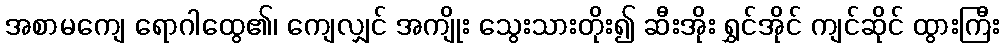
အစာမကျေ ရောဂါထွေ၏၊ ကျေလျှင် အကျိုး သွေးသားတိုး၍ ဆီးအိုး ရွှင်အိုင် ကျင်ဆိုင် ထွားကြီး